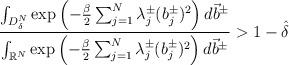
LaTeX: \begin{align*}\frac{\int_{D_\delta^N} \exp\left( -\frac{\beta}{2}\sum_{j=1}^N \lambda^\pm_j (b^\pm_j)^2\right) d\vec b^\pm }{\int_{\mathbb{R}^N} \exp\left( -\frac{\beta}{2}\sum_{j=1}^N \lambda^\pm_j (b^\pm_j)^2\right) d\vec b^\pm} > 1- \hat{\delta}\end{align*}